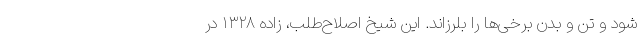
شود و تن و بدن برخی‌ها را بلرزاند. این شیخ اصلاح‌طلب، زاده ۱۳۲۸ در